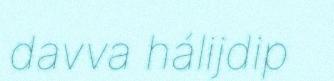
davva hálijdip